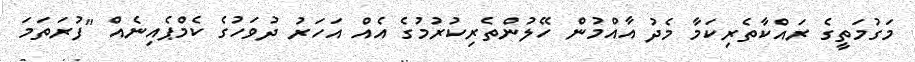
މަގުމަތީގެ ރައްކާތެރިކަމާ މެދު އާއްމުން ހޭލުންތެރިކުރުމުގެ އެއް އަހަރު ދުވަހުގެ ކެމްޕެއިނެއް "ފުރަތަމަ